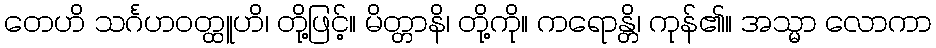
တေဟိ သင်္ဂဟဝတ္ထူဟိ၊ တို့ဖြင့်။ မိတ္တာနိ၊ တို့ကို။ ကရောန္တိ၊ ကုန်၏။ အသ္မာ လောကာ